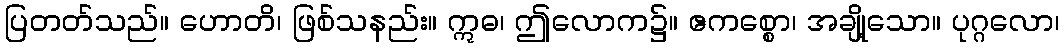
ပြတတ်သည်။ ဟောတိ၊ ဖြစ်သနည်း။ ဣဓ၊ ဤလောက၌။ ဧကစ္စော၊ အချို့သော။ ပုဂ္ဂလော၊